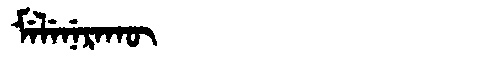
Manchu: ᠮᡝᠯᡝᠨᡝᡵᠠᡴᡡ
Romanization: MELENERAKŪ